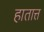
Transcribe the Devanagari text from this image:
हातात्त